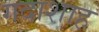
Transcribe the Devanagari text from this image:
गदाशाह